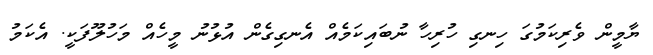
ޔާމީން ވެރިކަމުގަ ހިނގި ހުރިހާ ނުބައިކަމެއް އެނގިގެން އުޅުނު މީހެއް މަހުލޫފަކީ. އެކަމު